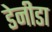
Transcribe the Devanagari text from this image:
डेनीडा